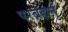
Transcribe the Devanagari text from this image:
परब्रह्मनुं